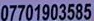
07701903585